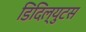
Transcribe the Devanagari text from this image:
डिदिल्युटस